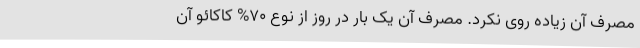
مصرف آن زیاده روی نکرد. مصرف آن یک بار در روز از نوع 70% کاکائو آن